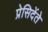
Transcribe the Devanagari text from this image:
प्रेसिदेंते